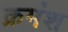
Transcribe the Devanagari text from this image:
क्रमंश